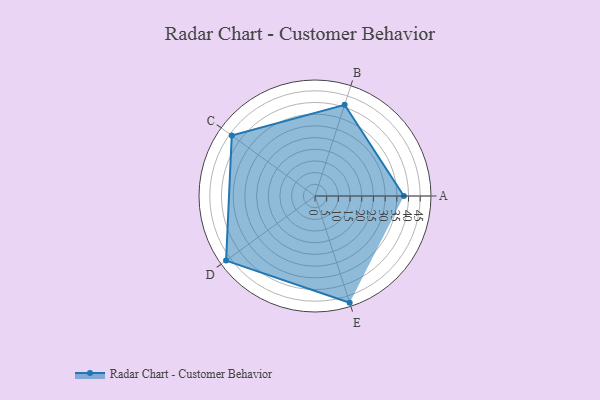
{"axis": {"x": "Skill", "y": "Score"}, "legend": ["Profile"], "data": [{"x": "A", "y": 38.0, "type": "Profile"}, {"x": "B", "y": 41.0, "type": "Profile"}, {"x": "C", "y": 44.0, "type": "Profile"}, {"x": "D", "y": 47.0, "type": "Profile"}, {"x": "E", "y": 48.0, "type": "Profile"}]}